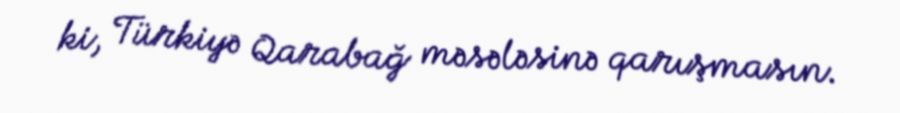
ki, Türkiyə Qarabağ məsələsinə qarışmasın.